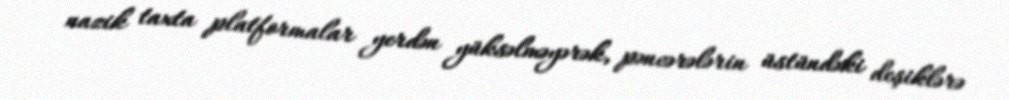
nazik taxta platformalar yerdən yüksəlməyərək, pəncərələrin üstündəki deşiklərə